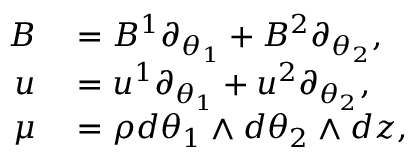
\begin{array} { r l } { B } & { { } = B ^ { 1 } \partial _ { \theta _ { 1 } } + B ^ { 2 } \partial _ { \theta _ { 2 } } , } \\ { u } & { { } = u ^ { 1 } \partial _ { \theta _ { 1 } } + u ^ { 2 } \partial _ { \theta _ { 2 } } , } \\ { \mu } & { { } = \rho d \theta _ { 1 } \wedge d \theta _ { 2 } \wedge d z , } \end{array}